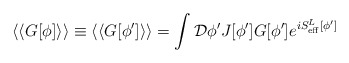
\begin{align*}\langle\langle G[\phi]\rangle\rangle\equiv\langle\langle G[\phi^\prime]\rangle\rangle=\int {\cal D}\phi^\prime J[\phi^\prime]G[\phi^\prime]e^{iS_{\rm eff}^L[\phi^\prime]}\end{align*}